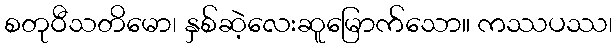
စတုဝီသတိမော၊ နှစ်ဆဲ့လေးဆူမြောက်သော။ ကဿပဿ၊